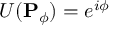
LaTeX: U ( \mathbf { P } _ { \phi } ) = e ^ { i \phi }